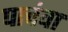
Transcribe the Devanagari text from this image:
पाचंवा